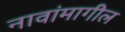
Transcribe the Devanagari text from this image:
नावांमागील